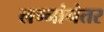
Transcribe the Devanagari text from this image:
लग्नांनंतर